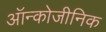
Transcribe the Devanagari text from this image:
ऑन्कोजीनिक